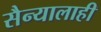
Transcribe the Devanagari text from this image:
सैन्यालाही